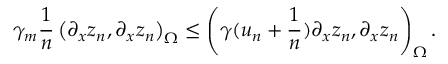
\gamma _ { m } \frac { 1 } { n } \left( \partial _ { x } z _ { n } , \partial _ { x } z _ { n } \right) _ { \Omega } \leq \left( \gamma ( u _ { n } + \frac { 1 } { n } ) \partial _ { x } z _ { n } , \partial _ { x } z _ { n } \right) _ { \Omega } .